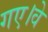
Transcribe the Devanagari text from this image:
गए।वे